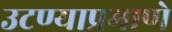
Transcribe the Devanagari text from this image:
उटण्याप्रमाणे